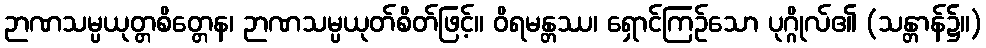
ဉာဏသမ္ပယုတ္တစိတ္တေန၊ ဉာဏသမ္ပယုတ်စိတ်ဖြင့်။ ဝိရမန္တဿ၊ ရှောင်ကြဉ်သော ပုဂ္ဂိုလ်၏ (သန္တာန်၌။)